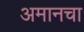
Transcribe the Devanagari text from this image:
अमानचा